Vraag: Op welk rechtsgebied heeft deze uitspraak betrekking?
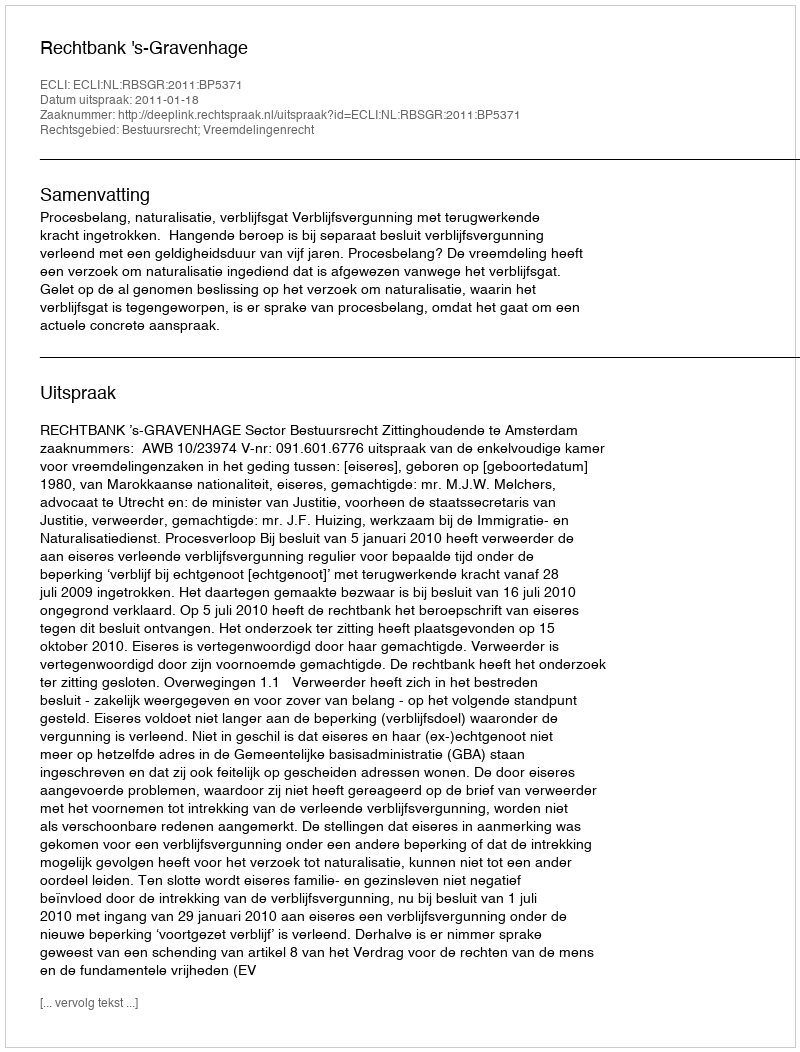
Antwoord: Bestuursrecht; Vreemdelingenrecht